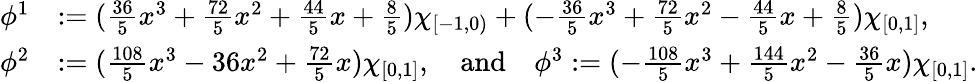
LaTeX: \begin{array}{rl}{\phi^{1}}&{:=(\frac{36}{5}x^{3}+\frac{72}{5}x^{2}+\frac{44}{5}x+\frac{8}{5})\chi_{[-1,0)}+(-\frac{36}{5}x^{3}+\frac{72}{5}x^{2}-\frac{44}{5}x+\frac{8}{5})\chi_{[0,1]},}\\ {\phi^{2}}&{:=(\frac{108}{5}x^{3}-36x^{2}+\frac{72}{5}x)\chi_{[0,1]},\quad\mathrm{and}\quad\phi^{3}:=(-\frac{108}{5}x^{3}+\frac{144}{5}x^{2}-\frac{36}{5}x)\chi_{[0,1]}.}\end{array}